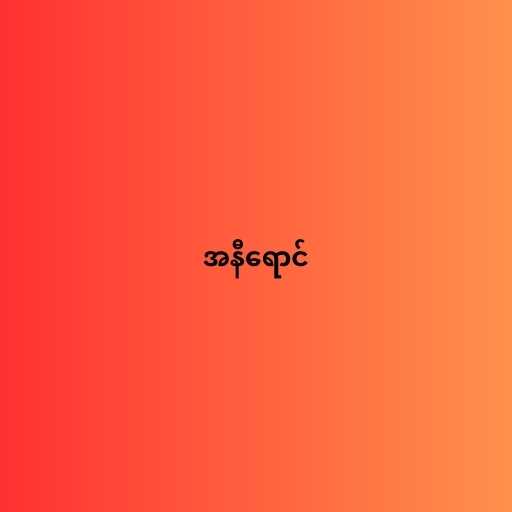
အနီရောင်